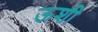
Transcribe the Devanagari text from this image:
ऊशी